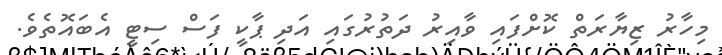
މިހާރު ޒިޔާރަތް ކޮށްފައި ވާއިރު ދަތުރުގައި އަދި ޕާކީ ފަސް ސިޓީ އެބައޮތެވެ.